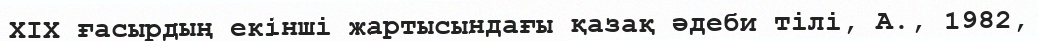
ХІХ ғасырдың екінші жартысындағы қазақ әдеби тілі, А., 1982,